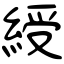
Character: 綬